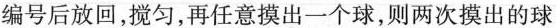
编号后放回，搅匀，再任意摸出一个球，则两次摸出的球